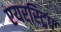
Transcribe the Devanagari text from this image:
एयरस्ट्रिप